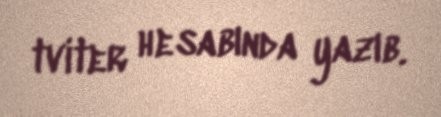
tviter hesabında yazıb.